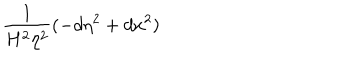
LaTeX: \frac 1 { H ^ { 2 } \eta ^ { 2 } } ( - d \eta ^ { 2 } + d x ^ { 2 } )